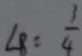
\angle B = \frac { 3 } { 4 }